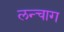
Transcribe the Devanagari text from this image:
लन्चाग